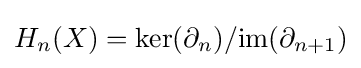
H_{n}(X)=\ker(\partial _{n})/\mathrm {im} (\partial _{n+1})